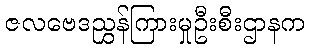
ဇလဗေဒညွှန်ကြားမှုဦးစီးဌာနက